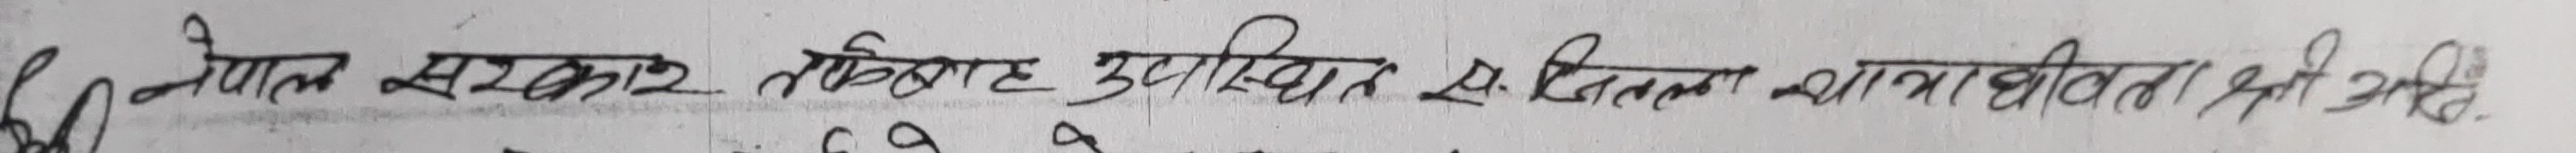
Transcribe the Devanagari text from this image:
नेपाल सरकार ततित्ह उपस्थित २ सितलमा शाखा धित्ता भनी लेखि